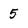
Character: 5